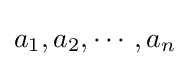
a_{1},a_{2},\cdots ,a_{n}